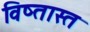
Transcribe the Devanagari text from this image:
विष्तास्त